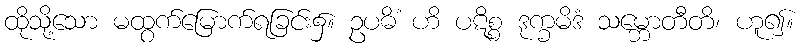
ထိုသို့သော မထွက်မြောက်ရခြင်း၌။ ဥပဓိံ ဟိ ပဋိစ္စ ဒုက္ခမိဒံ သမ္ဘောတီတိ၊ ဟူ၍။